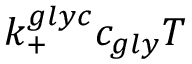
k _ { + } ^ { g l y c } c _ { g l y } T